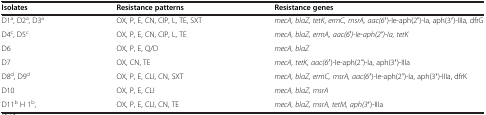
<table><thead><tr><td><b>Isolates</b></td><td><b>Resistance patterns</b></td><td><b>Resistance genes</b></td></tr></thead><tbody><tr><td>D1<sup>a</sup>, D2<sup>a</sup>, D3<sup>a</sup></td><td>OX, P, E, CN, CIP, L, TE, SXT</td><td><i>mecA, blaZ, tetK</i>, <i>ermC, msrA, aac(6′)-Ie-aph(2&quot;)-Ia, aph(3′)-IIIa, dfrG</i></td></tr><tr><td>D4<sup>c</sup>, D5<sup>c</sup></td><td>OX, P, E, CN, CIP, L, TE</td><td><i>mecA, blaZ, ermA, aac(6′)-Ie-aph(2&quot;)-Ia, tetK</i></td></tr><tr><td>D6</td><td>OX, P, E, Q/D</td><td><i>mecA, blaZ</i></td></tr><tr><td>D7</td><td>OX, CN, TE</td><td><i>mecA, tetK, aac(6′)-Ie-aph(2&quot;)-Ia, aph(3′)-IIIa</i></td></tr><tr><td>D8<sup>d</sup>, D9<sup>d</sup></td><td>OX, P, E, CLI, CN, SXT</td><td><i>mecA, blaZ, ermC, msrA, aac(6′)-Ie-aph(2&quot;)-Ia, aph(3′)-IIIa, dfrK</i></td></tr><tr><td>D10</td><td>OX, P, E, CLI</td><td><i>mecA, blaZ, msrA</i></td></tr><tr><td>D11<sup>b</sup> H 1<sup>b</sup>,</td><td>OX, P, E, CLI, CN, TE</td><td><i>mecA, blaZ, msrA, tetM, aph(3′)-IIIa</i></td></tr></tbody></table>